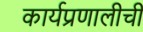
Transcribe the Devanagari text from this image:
कार्यप्रणालीची